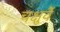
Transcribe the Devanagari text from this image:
चक्षुर्वै